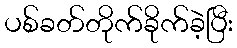
ပစ်ခတ်တိုက်ခိုက်ခဲ့ပြီး